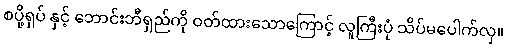
စပို့ရှပ် နှင့် ဘောင်းဘီရှည်ကို ဝတ်ထားသောကြောင့် လူကြီးပုံ သိပ်မပေါက်လှ။